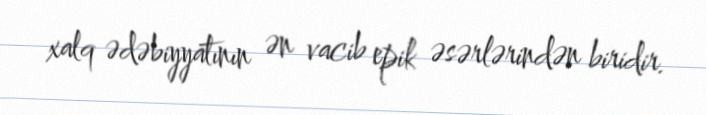
xalq ədəbiyyatının ən vacib epik əsərlərindən biridir.